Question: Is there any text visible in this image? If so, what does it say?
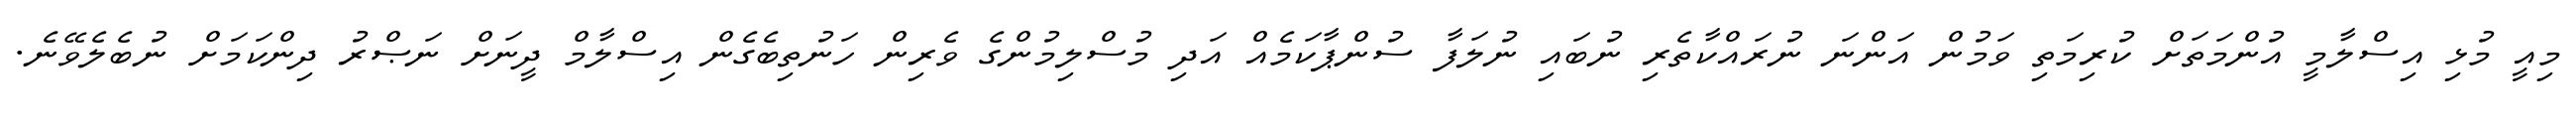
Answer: މިއީ މުޅި އިސްލާމީ އުންމަތަށް ކުރިމަތި ވަމުން އަންނަ ނުރައްކާތެރި ނުބައި ނުލަފާ ސުންޕާކަމެއް އަދި މުސްލިމުންގެ ވެރިން ހަނުތިބެގެން އިސްލާމް ދީނަށް ނަޞްރު ދިންކަމަށް ނުބެލެވޭނެ.